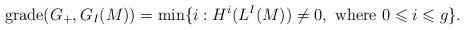
LaTeX: \begin{align*}\operatorname{grade}(G_+, G_I(M)) = \min\{ i : H^i(L^I(M)) \neq 0, \mbox{ where }0 \leqslant i \leqslant g \}.\end{align*}